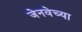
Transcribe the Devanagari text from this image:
जेनवेच्या